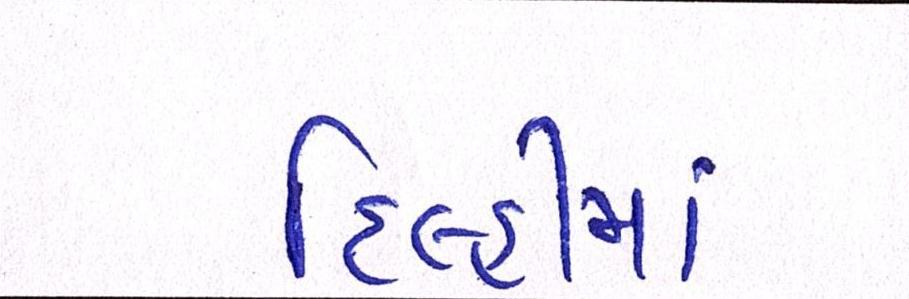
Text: દિલ્હીમાં